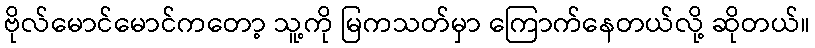
ဗိုလ်မောင်မောင်ကတော့ သူ့ကို မြကသတ်မှာ ကြောက်နေတယ်လို့ ဆိုတယ်။